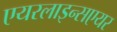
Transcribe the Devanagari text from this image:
एयरलाइन्सएयर